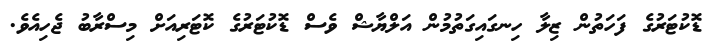
ޑޮކުޓަރުގެ ފަހަތުން ޒިލާ ހިނގައިގަތުމުން އަލްޔާޝް ވެސް ޑޮކުޓަރުގެ ކޮޓަރިއަށް މިސްރާބު ޖެހިއެވެ.